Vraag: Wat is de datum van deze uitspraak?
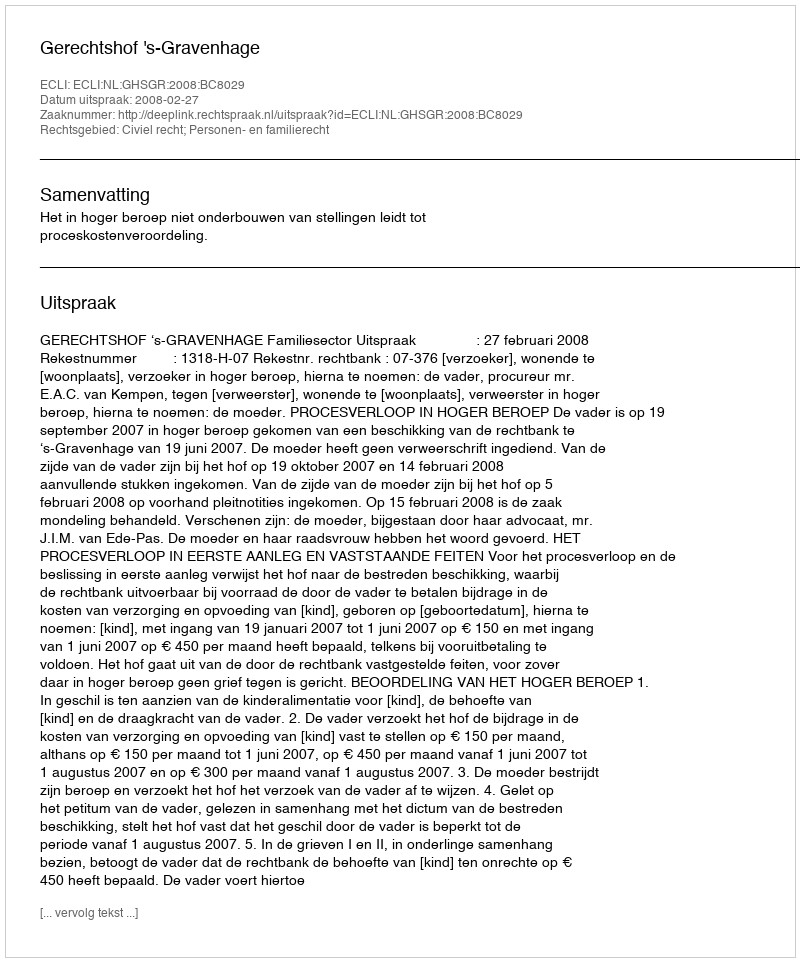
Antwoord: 2008-02-27